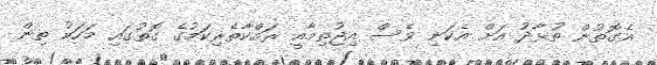
އެގޮތުން ތުޅާދު އަށް އެކަނި ވެސް އިޖުތިމާއީ ރައްކާތެރިކަމުގެ ގޮތުގައި މަހަކު ތިން